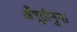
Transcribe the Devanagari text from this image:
अँगूठीनुमा